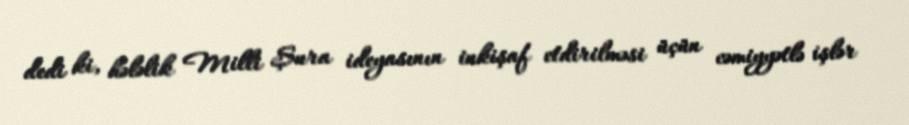
dedi ki, hələlik Milli Şura ideyasının inkişaf etdirilməsi üçün cəmiyyətlə işlər